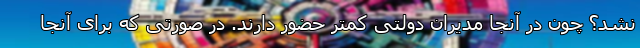
نشد؟ چون در آنجا مدیران دولتی کمتر حضور دارند. در صورتی که برای آنجا